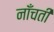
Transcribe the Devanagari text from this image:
नाँचती